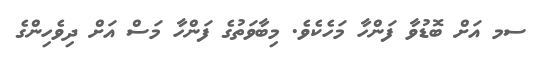
ސމ އަށް ބޮޑުވާ ފަންހާ މަހެކެވެ. މިބާވަތުގެ ފަންހާ މަސް އަށް ދިވެހިންގެ